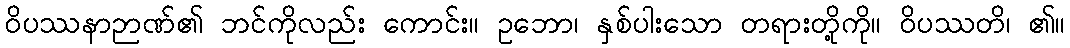
ဝိပဿနာဉာဏ်၏ ဘင်ကိုလည်း ကောင်း။ ဥဘော၊ နှစ်ပါးသော တရားတို့ကို။ ဝိပဿတိ၊ ၏။